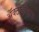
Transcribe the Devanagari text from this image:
ॲक्टीव्हीझम